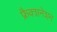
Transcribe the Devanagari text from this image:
फ्रैक्शनेशन